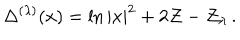
\Delta ^ { ( \lambda ) } ( x ) = \ln | x | ^ { 2 } + 2 \mathcal { Z } - \mathcal { Z } _ { \lambda } \, .